Regulations for the medical services of the Army of India
Year: 1930
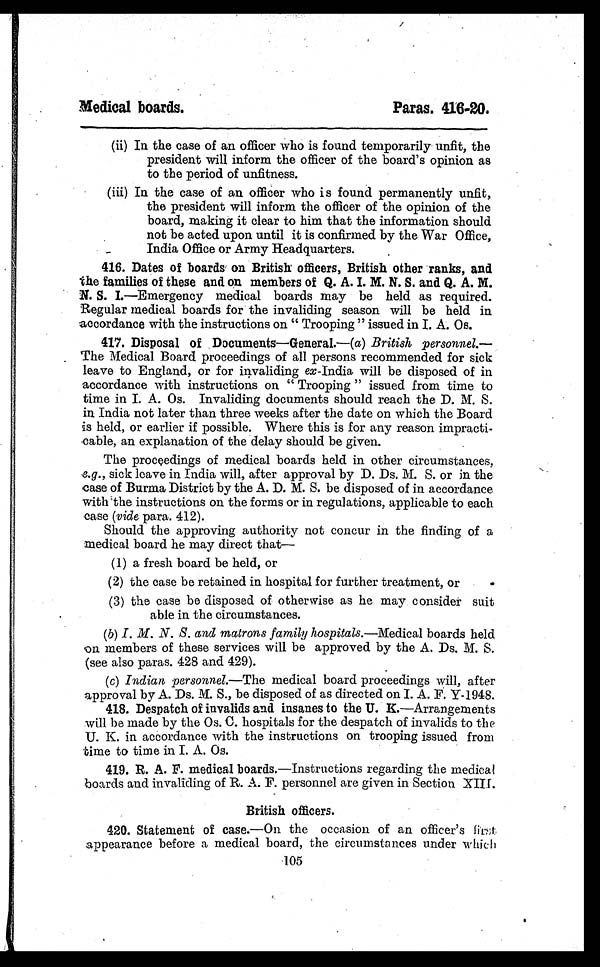
Medical boards.
Paras. 416-20.
(ii) In the case of an officer who is found temporarily unfit, the
president will inform the officer of the board's opinion as
to the period of unfitness.
(iii) In the case of an officer who is found permanently unfit,
the president will inform the officer of the opinion of the
board, making it clear to him that the information should
not be acted upon until it is confirmed by the War Office,
India Office or Army Headquarters.
416. Dates of boards on British officers, British other ranks, and
the families of these and on members of Q. A. I. M. N. S. and Q. A. M.
N. S. I.—Emergency medical boards may be held as required.
Regular medical boards for the invaliding season will be held in
accordance with the instructions on " Trooping " issued in I. A. Os.
417. Disposal of Documents—General.—(a) British personnel.
—
The Medical Board proceedings of all persons recommended for sick
leave to England, or for invaliding ex -India will be disposed of in
accordance with instructions on " Trooping " issued from time to
time in I. A. Os. Invaliding documents should reach the D. M. S.
in India not later than three weeks after the date on which the Board
is held, or earlier if possible. Where this is for any reason impracti-
cable, an explanation of the delay should be given.
The proceedings of medical boards held in other circumstances,
e.g., sick leave in India will, after approval by D. Ds. M. S. or in the
case of Burma District by the A. D. M. S. be disposed of in accordance
with the instructions on the forms or in regulations, applicable to each
case (vide para. 412).
Should the approving authority not concur in the finding of a
medical board he may direct that—
(1) a fresh board be held, or
(2) the case be retained in hospital for further treatment, or
(3) the case be disposed of otherwise as he may consider suit
able in the circumstances.
(b) I . M. N. S. and mat r ons f ami l y hospi t al s. —M e d i c a l
b o a r d s h e l d
on members of these services will be approved by the A. Ds. M. S.
(see also paras. 428 and 429).
( c) Indian personnel.— The medical board proceedings will, after
approval by A. Ds. M. S., be disposed of as directed on I. A. F. Y-1948.
418. Despatch of invalids and insanes to the U. K.—Arrangements
will be made by the Os. C. hospitals for the despatch of invalids to the
U. K. in accordance with the instructions on trooping issued from
time to time in I. A. Os.
419. R. A. F. medical boards.—Instructions regarding the medical
boards and invaliding of R. A. F. personnel are given in Section XIII.
British officers.
420. Statement of case.—On the occasion of an officer's first
appearance before a medical board, the circumstances under which
105